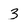
Character: 3